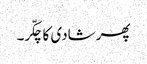
پھر شادی کا چکّر۔